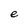
Character: e